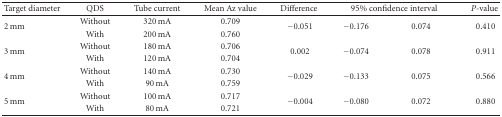
<table><thead><tr><td><b>Target diameter</b></td><td><b>QDS</b></td><td><b>Tube current</b></td><td><b>Mean Az value</b></td><td><b>Difference</b></td><td colspan="2"><b>95% confidence interval</b></td><td><b><i>P</i>-value</b></td></tr></thead><tbody><tr><td rowspan="2"> 2 mm</td><td>Without</td><td>320 mA</td><td>0.709</td><td rowspan="2"> −0.051</td><td rowspan="2">−0.176</td><td rowspan="2"> 0.074</td><td rowspan="2">0.410</td></tr><tr><td>With</td><td>200 mA</td><td>0.760</td></tr><tr><td rowspan="2">3 mm</td><td>Without</td><td>180 mA</td><td>0.706</td><td rowspan="2">0.002</td><td rowspan="2"> −0.074</td><td rowspan="2">0.078</td><td rowspan="2"> 0.911</td></tr><tr><td>With</td><td>120 mA</td><td>0.704</td></tr><tr><td rowspan="2"> 4 mm</td><td>Without</td><td>140 mA</td><td>0.730</td><td rowspan="2"> −0.029</td><td rowspan="2">−0.133</td><td rowspan="2"> 0.075</td><td rowspan="2">0.566</td></tr><tr><td>With</td><td>90 mA</td><td>0.759</td></tr><tr><td rowspan="2">5 mm</td><td>Without</td><td>100 mA</td><td>0.717</td><td rowspan="2">−0.004</td><td rowspan="2"> −0.080</td><td rowspan="2">0.072</td><td rowspan="2"> 0.880</td></tr><tr><td>With</td><td>80 mA</td><td>0.721</td></tr></tbody></table>